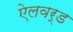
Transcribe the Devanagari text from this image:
ऐलवर्ड